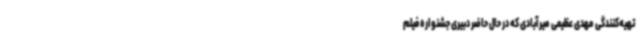
تهیه‌کنندگی مهدی عظیمی میرآبادی که در حال حاضر دبیری جشنواره فیلم